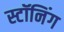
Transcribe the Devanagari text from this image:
स्टॉनिंग